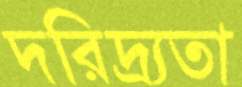
দরিদ্র্যতা